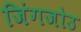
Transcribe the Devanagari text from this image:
जिंगजोउ